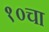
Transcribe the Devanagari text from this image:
१०चा